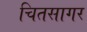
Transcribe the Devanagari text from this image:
चितसागर